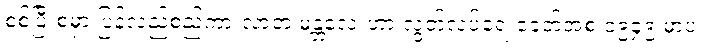
စစ်ပြီးစမှာ ပြန်လည်စည်ကားလာတဲ့ မန္တလေးဟာ လွတ်လပ်ရေးခေတ်အစ ၁၉၄၉ မှာပဲ